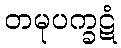
တမုပက္ခဋံ